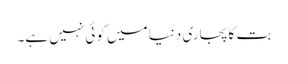
بت کا پجاری دنیا میں کوئی نہیں ہے۔